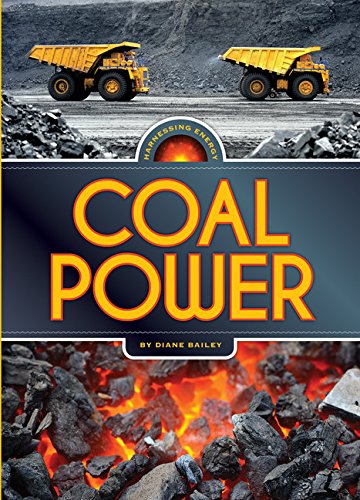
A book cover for Harnessing Energy: Coal Power; Diane Bailey; Children's Books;